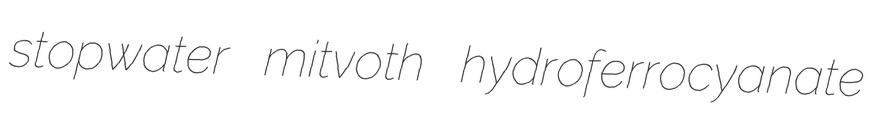
stopwater mitvoth hydroferrocyanate